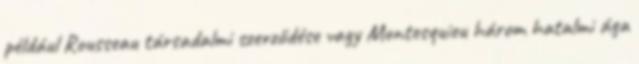
például Rousseau társadalmi szerződése vagy Montesquieu három hatalmi ága